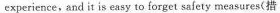
experience,and it is easy to forget safety measures(措